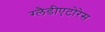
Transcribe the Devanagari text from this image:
ग्लैडीएटोरेस